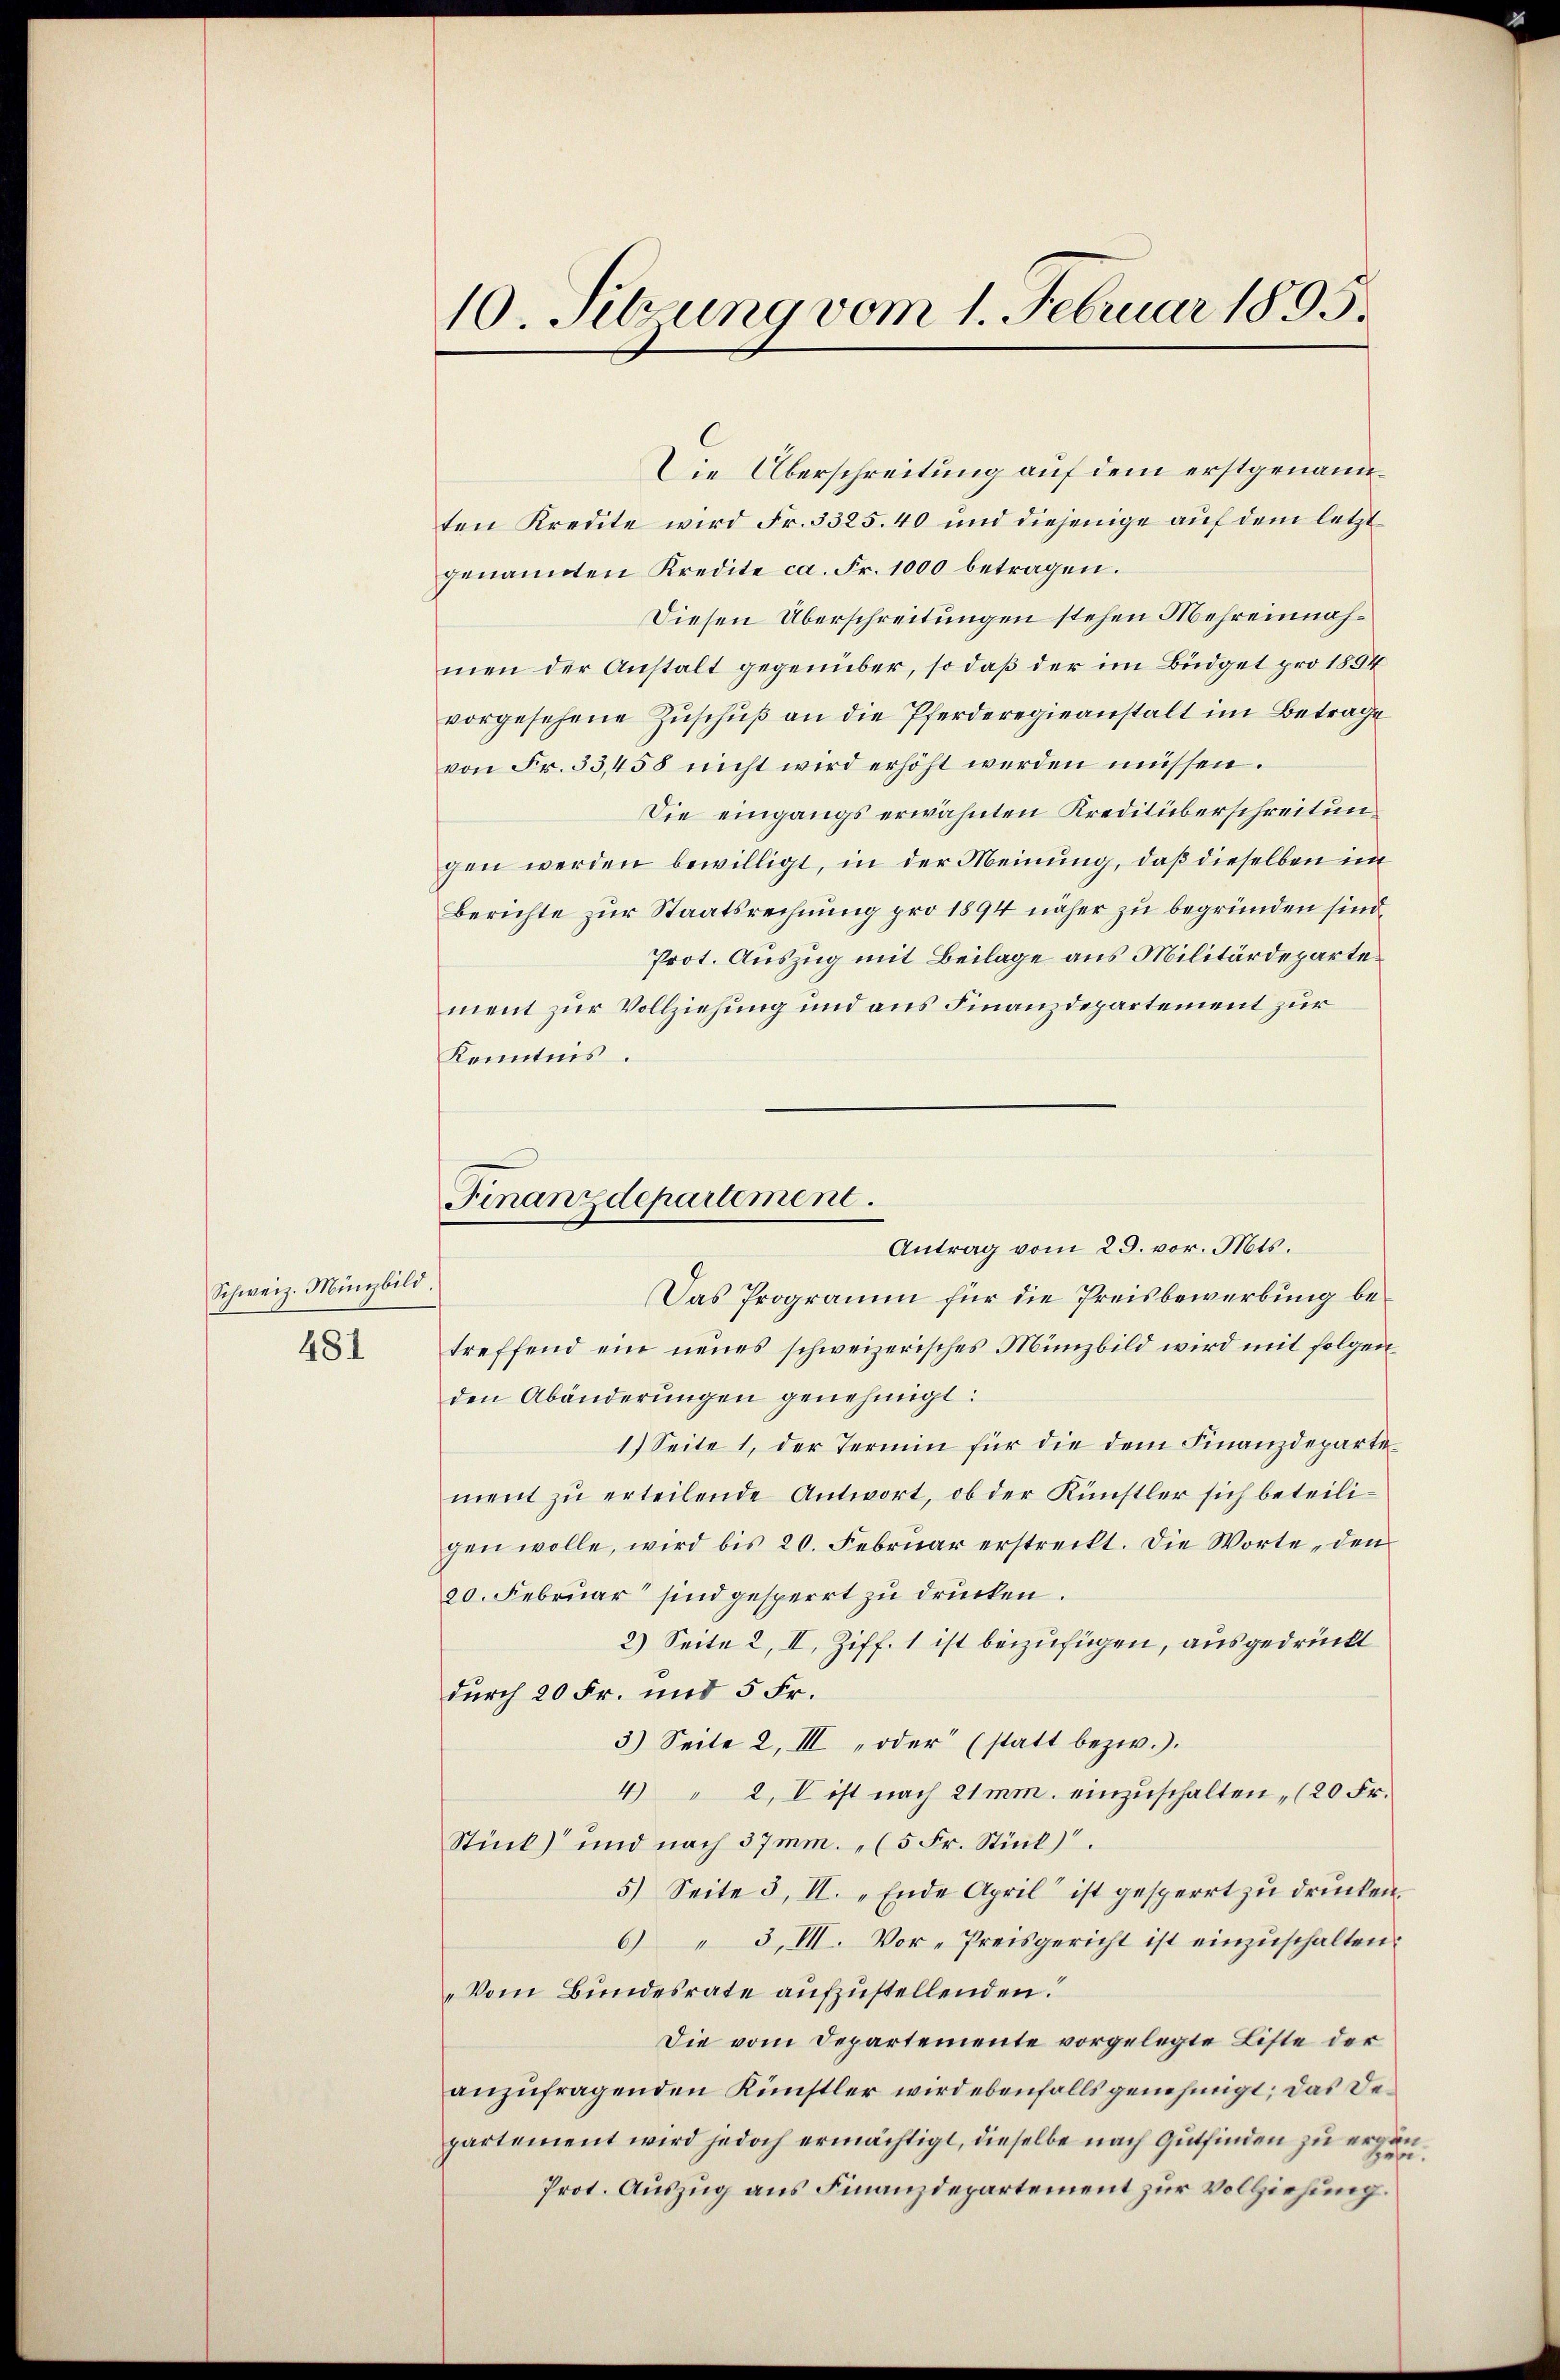
Schweiz. Münzbild.

481

Die Überschreitung auf dem erstgenannten Kredite wird Fr. 3325.40 und diejenige auf dem letzt
genannten Kredite ca. Fr. 1000 betragen.
Diesen Überschreitungen stehen Mehreinnahmen der Anstalt gegenüber, so daß der im Büdget pro 1854
vorgesehene Zuschuß an die Pferderegieanstalt im Betrage
von Fr. 33,458 nicht wird erhöht werden müssen.
Die eingangs erwähnten Kreditüberschreitungen werden bewilligt, in der Meinung, daß dieselben im
Berichte zur Staatsrechnung pro 1894 näher zu begründen sind.
Prot. Auszug mit Beilage aus Militärdepartement zur Vollziehung und aus Finanzdepartement zur
Kenntnis.
Das Programm für die Preisbewerbung betreffend ein neues schweizerisches Münzbild wird mit folgen
den Abänderungen genehmigt.
1.) Seite 1, der Termin für die dem Finanzdeparte
ment zu erteilende Antwort, ob der Künstler sich beteiligen wolle, wird bis 20. Februar erstreckt. Die Worte, den
20. Februar sind gesperrt zu drücken.
2) Seite 2, II, Ziff. 1 ist beizufügen, ausgedrückt
durch 20 Fr. und 5 Fr.
3) Seite 2, III „oder (statt bezw.).
4) " 2, I ist nach 21 mm. einzŭschalten, (20 Fr.
Stück) und nach 37mm. „ (5 Fr. Stück).
5) Seite 3, II. „Ende April ist gesperrt zu drucken.
6) " 3,III. Vor-Preisgericht ist einzuschalten.
„Vom Bundesrate aufzustellenden.
Die vom Departemente vorgelegte Liste der
anzufragenden Künstler wird ebenfalls genehmigt; das Departement wird jedoch ermächtigt, dieselbe nach Gutfinden zu ergenas
Prot. Auszug aus Finanzdepartement zur Vollziehung.

10. Sitzung vom 1. Februar 1895.

Finanzdepartement.
Antrag vom 29. vor. Mts.